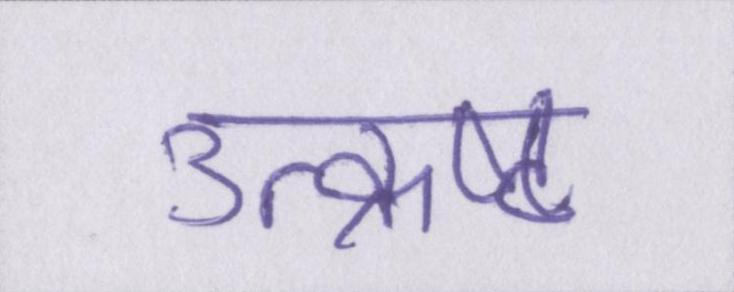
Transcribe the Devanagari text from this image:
उत्क्रष्ट